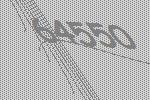
64550